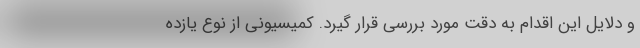
و دلایل این اقدام به دقت مورد بررسی قرار گیرد. کمیسیونی از نوع یازده